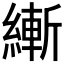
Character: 𱹿